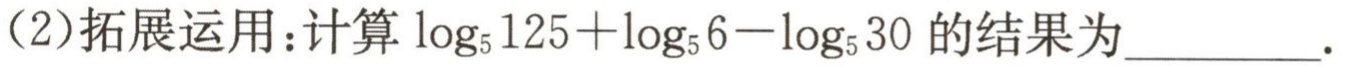
（2）拓展运用：计算\(\log_{5}125+\log_{5}6 - \log_{5}30\)的结果为__________.